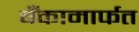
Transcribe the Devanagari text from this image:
बँकामार्फत